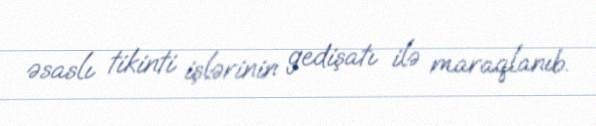
əsaslı tikinti işlərinin gedişatı ilə maraqlanıb.